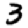
Digit: 3